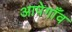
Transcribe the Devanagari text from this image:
आपेगाँव